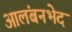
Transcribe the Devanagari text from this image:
आलंबनभेद